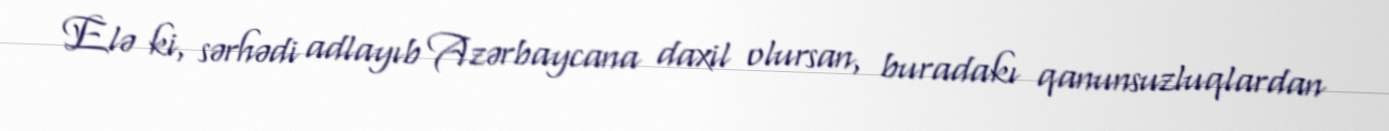
Elə ki, sərhədi adlayıb Azərbaycana daxil olursan, buradakı qanunsuzluqlardan